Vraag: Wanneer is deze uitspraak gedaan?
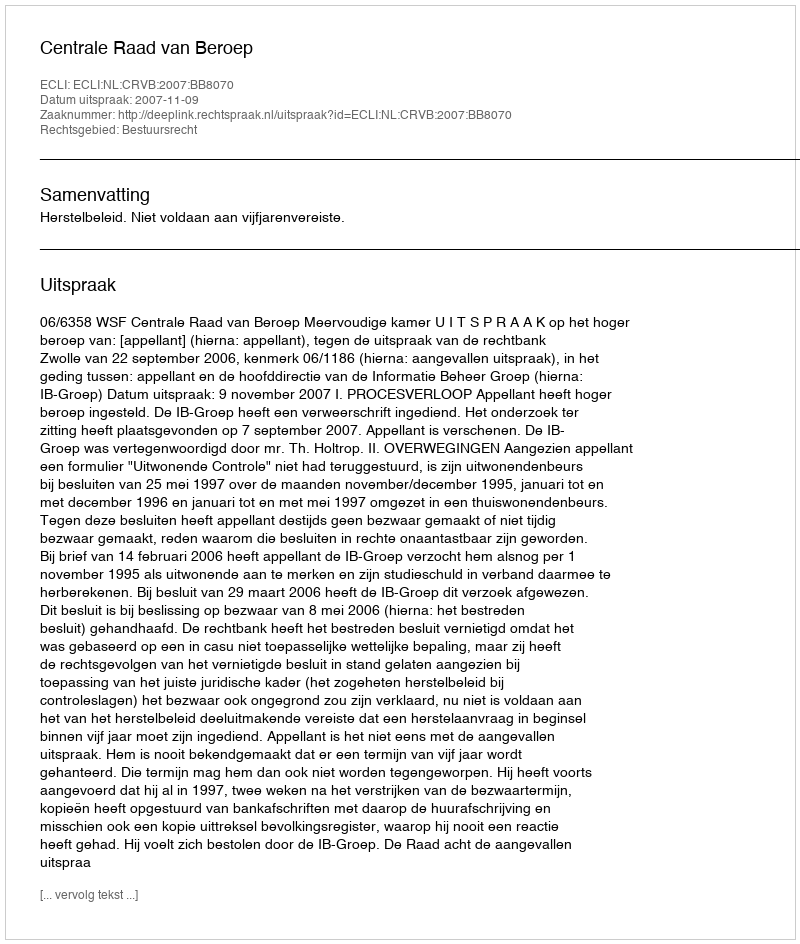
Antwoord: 2007-11-09